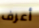
أعرف